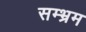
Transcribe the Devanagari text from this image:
सम्‍भ्रम